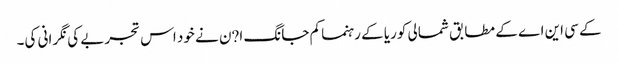
کے سی این اے کے مطابق شمالی کوریا کے رہنما کم جانگ ا?ن نے خود اس تجربے کی نگرانی کی۔